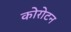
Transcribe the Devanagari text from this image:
कोरोटन